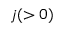
j ( > 0 )